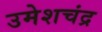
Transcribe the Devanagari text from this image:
उमेशचंद्र